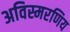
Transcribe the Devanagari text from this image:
अविस्मरणिय